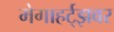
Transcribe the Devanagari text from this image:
मेगाहर्ट्‌झवर